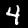
Digit: 4